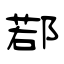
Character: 鄀